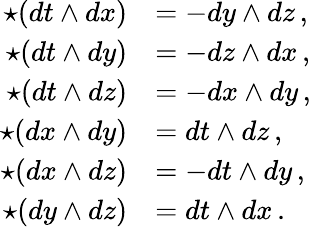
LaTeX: {\begin{array}{rl}{\star(dt\wedge dx)}&{=-dy\wedge dz\, ,}\\ {\star(dt\wedge dy)}&{=-dz\wedge dx\, ,}\\ {\star(dt\wedge dz)}&{=-dx\wedge dy\, ,}\\ {\star(dx\wedge dy)}&{=dt\wedge dz\, ,}\\ {\star(dx\wedge dz)}&{=-dt\wedge dy\, ,}\\ {\star(dy\wedge dz)}&{=dt\wedge dx\, .}\end{array}}